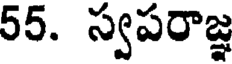
55. స్వపరాజ్ఞ